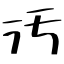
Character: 汚